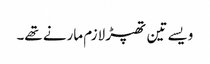
ویسے تین تھپڑ لازم مارنے تھے۔